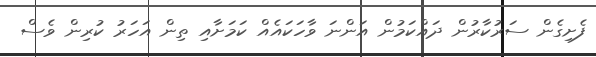
ފެށިގެން ސަރުކާރުން ދައްކަމުން އަންނަ ވާހަކައެއް ކަމަށާއި ތިން އަހަރު ކުރިން ވެސް